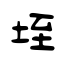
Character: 垤